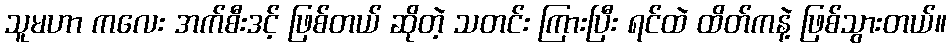
သူမဟာ ကလေး အက်စီးဒင့် ဖြစ်တယ် ဆိုတဲ့ သတင်း ကြားပြီး ရင်ထဲ ထိတ်ကနဲ့ ဖြစ်သွားတယ်။